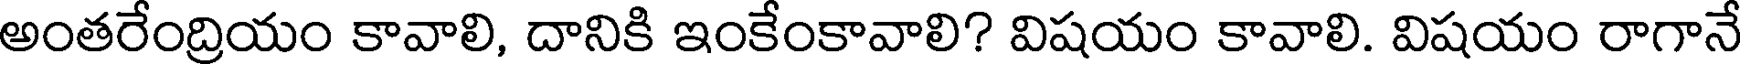
అంతరేంద్రియం కావాలి, దానికి ఇంకేంకావాలి? విషయం కావాలి. విషయం రాగానే